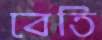
বেতি